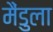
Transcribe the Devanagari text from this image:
मैंडुला